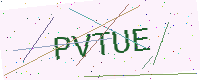
Text: PVTUE